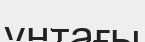
үнтағы